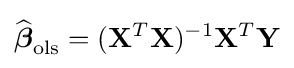
{\widehat {\boldsymbol {\beta }}}_{\mathrm {ols} }=(\mathbf {X} ^{T}\mathbf {X} )^{-1}\mathbf {X} ^{T}\mathbf {Y}